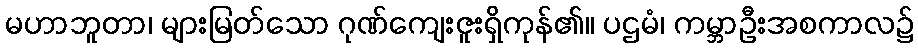
မဟာဘူတာ၊ များမြတ်သော ဂုဏ်ကျေးဇူးရှိကုန်၏။ ပဌမံ၊ ကမ္ဘာဦးအစကာလ၌